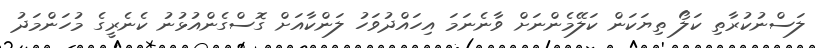
ލަސްނުކުރާތި ކަލޯ ތިޔަކަން ކަލޭމެންނަށް ވާނެނަމަ އިހައްދުވަހު ލަންކާއަށް ގޮސްގެންއުޅުނު ކެނެރީގެ މުހަންމަދު